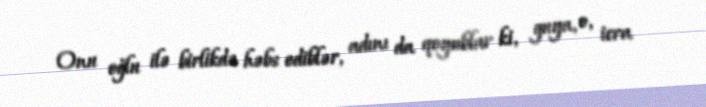
Onu oğlu ilə birlikdə həbs ediblər, adını da qoyublar ki, guya, o, icra